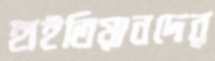
হাইতিয়ানদের